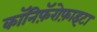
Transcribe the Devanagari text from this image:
कॉनिफ़ॅरोफ़ाइटा